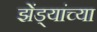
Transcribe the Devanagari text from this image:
झेंड्यांच्या